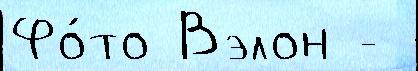
Фо́то Вэлон -